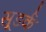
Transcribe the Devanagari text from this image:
सूडर्क